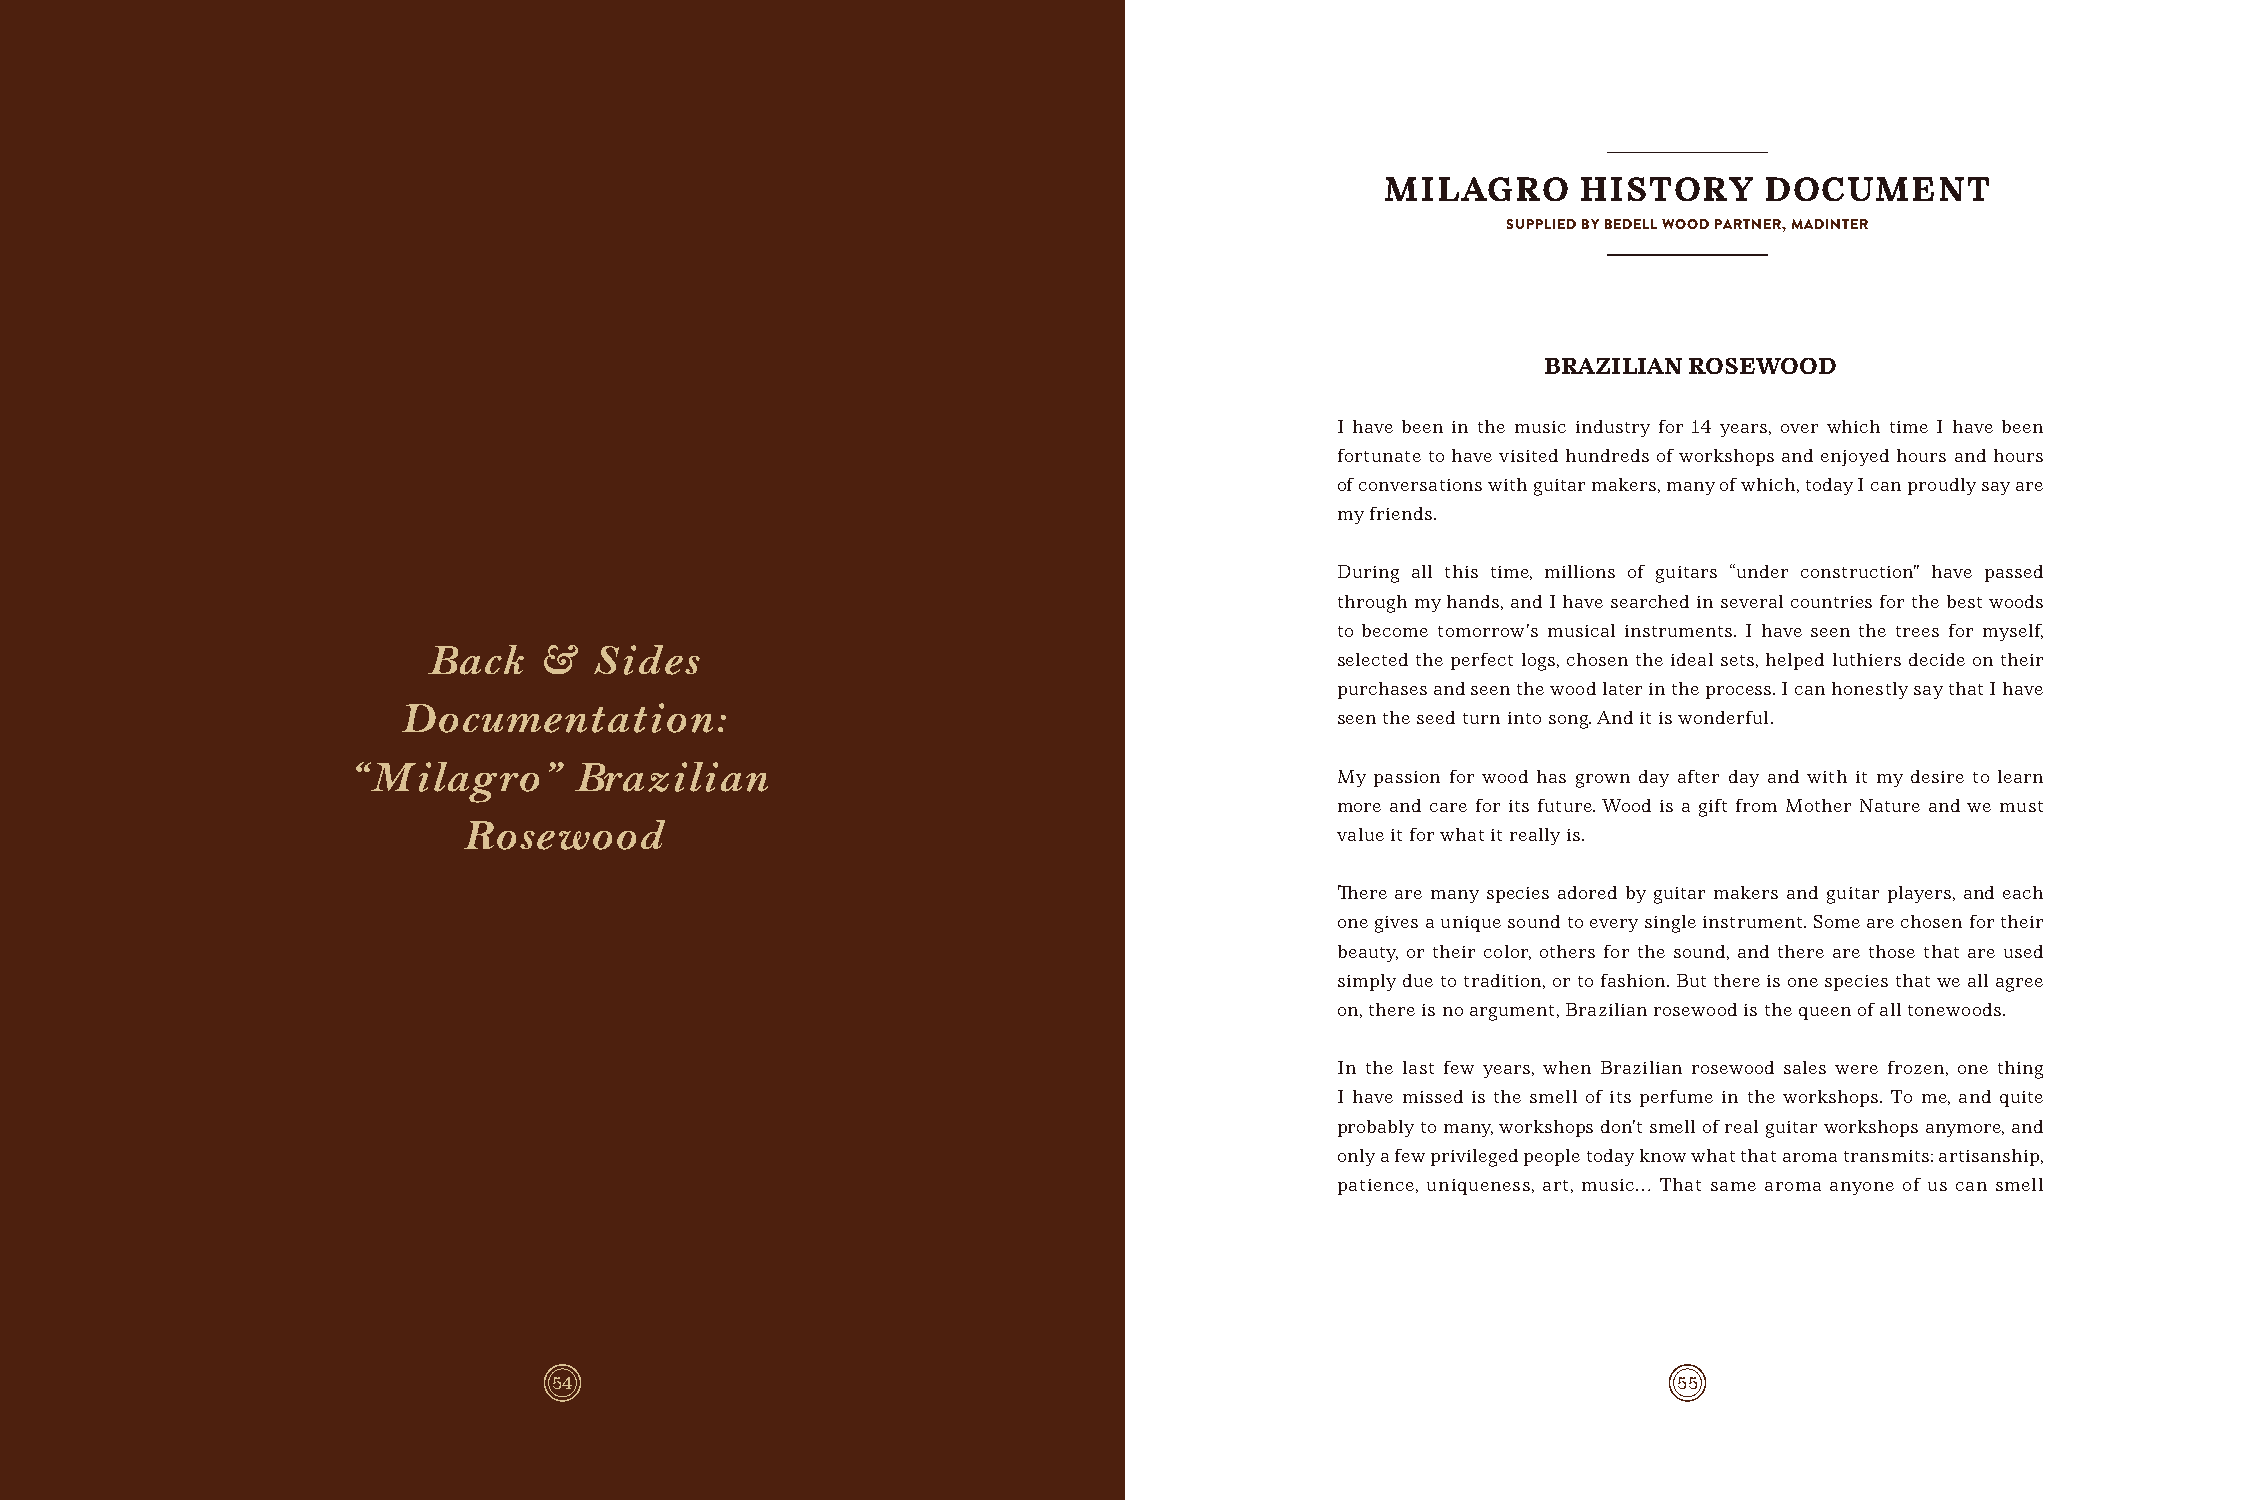
MILAGRO      HISTORY     DOCUMENT
 SUPPLIED BY BEDELL WOOD PARTNER, MADINTER
 BRAZILIAN ROSEWOOD
 I have been in the music industry for 14 years, over which time I have been
 fortunate to have visited hundreds of workshops and enjoyed hours and hours
 of conversations with guitar makers, many of which, today I can proudly say are
 my friends.
 During all this time, millions of guitars “under construction” have passed
 through my hands, and I have searched in several countries for the best woods
 to become tomorrow’s musical instruments. I have seen the trees for myself,
 Back    &  Sides
 selected the perfect logs, chosen the ideal sets, helped luthiers decide on their
 purchases and seen the wood later in the process. I can honestly say that I have
 Documentation:
 seen the seed turn into song. And it is wonderful.
 “ Milagro”     Brazilian
 My passion for wood has grown day after day and with it my desire to learn
 more and care for its future. Wood is a gift from Mother Nature and we must
 Rosewood
 value it for what it really is.
 There are many species adored by guitar makers and guitar players, and each
 one gives a unique sound to every single instrument. Some are chosen for their
 beauty, or their color, others for the sound, and there are those that are used
 simply due to tradition, or to fashion. But there is one species that we all agree
 on, there is no argument, Brazilian rosewood is the queen of all tonewoods.
 In the last few years, when Brazilian rosewood sales were frozen, one thing
 I have missed is the smell of its perfume in the workshops. To me, and quite
 probably to many, workshops don’t smell of real guitar workshops anymore, and
 only a few privileged people today know what that aroma transmits: artisanship,
 patience, uniqueness, art, music… That same aroma anyone of us can smell
 54                                                                        55